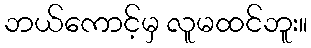
ဘယ်ကောင့်မှ လူမထင်ဘူး။